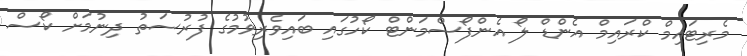
މެރިޓައިމް ކްރައިމް އެންޑް ލޯ އެންފޯސްމަންޓް ކޯހުގައި ބައިވެރިވުމުގެ ފުރުސަތު ދިނުމަށް ކޯސް